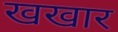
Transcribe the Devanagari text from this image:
खखार